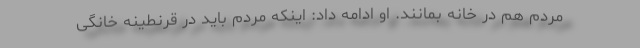
مردم هم در خانه بمانند. او ادامه داد: اینکه مردم باید در قرنطینه خانگی